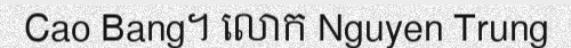
Cao Bang។ លោក Nguyen Trung